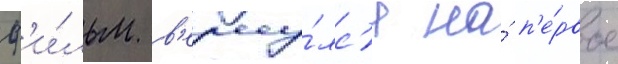
ф'и́льм в'ерну́лс'я на́ п'е́рвое